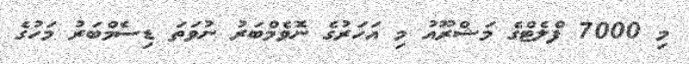
މި 7000 ފްލެޓްގެ މަޝްރޫއު މި އަހަރުގެ ނޮވެމްބަރު ނުވަތަ ޑިސެމްބަރު މަހުގެ